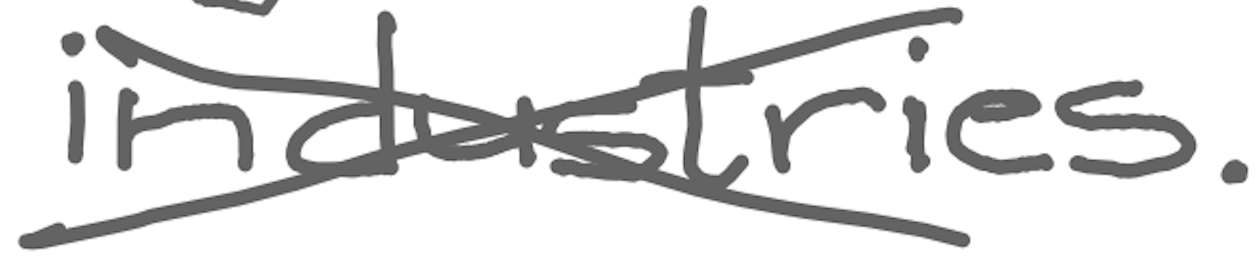
Text: industries.
Cross-out: cross
Writing tool: digital_gray